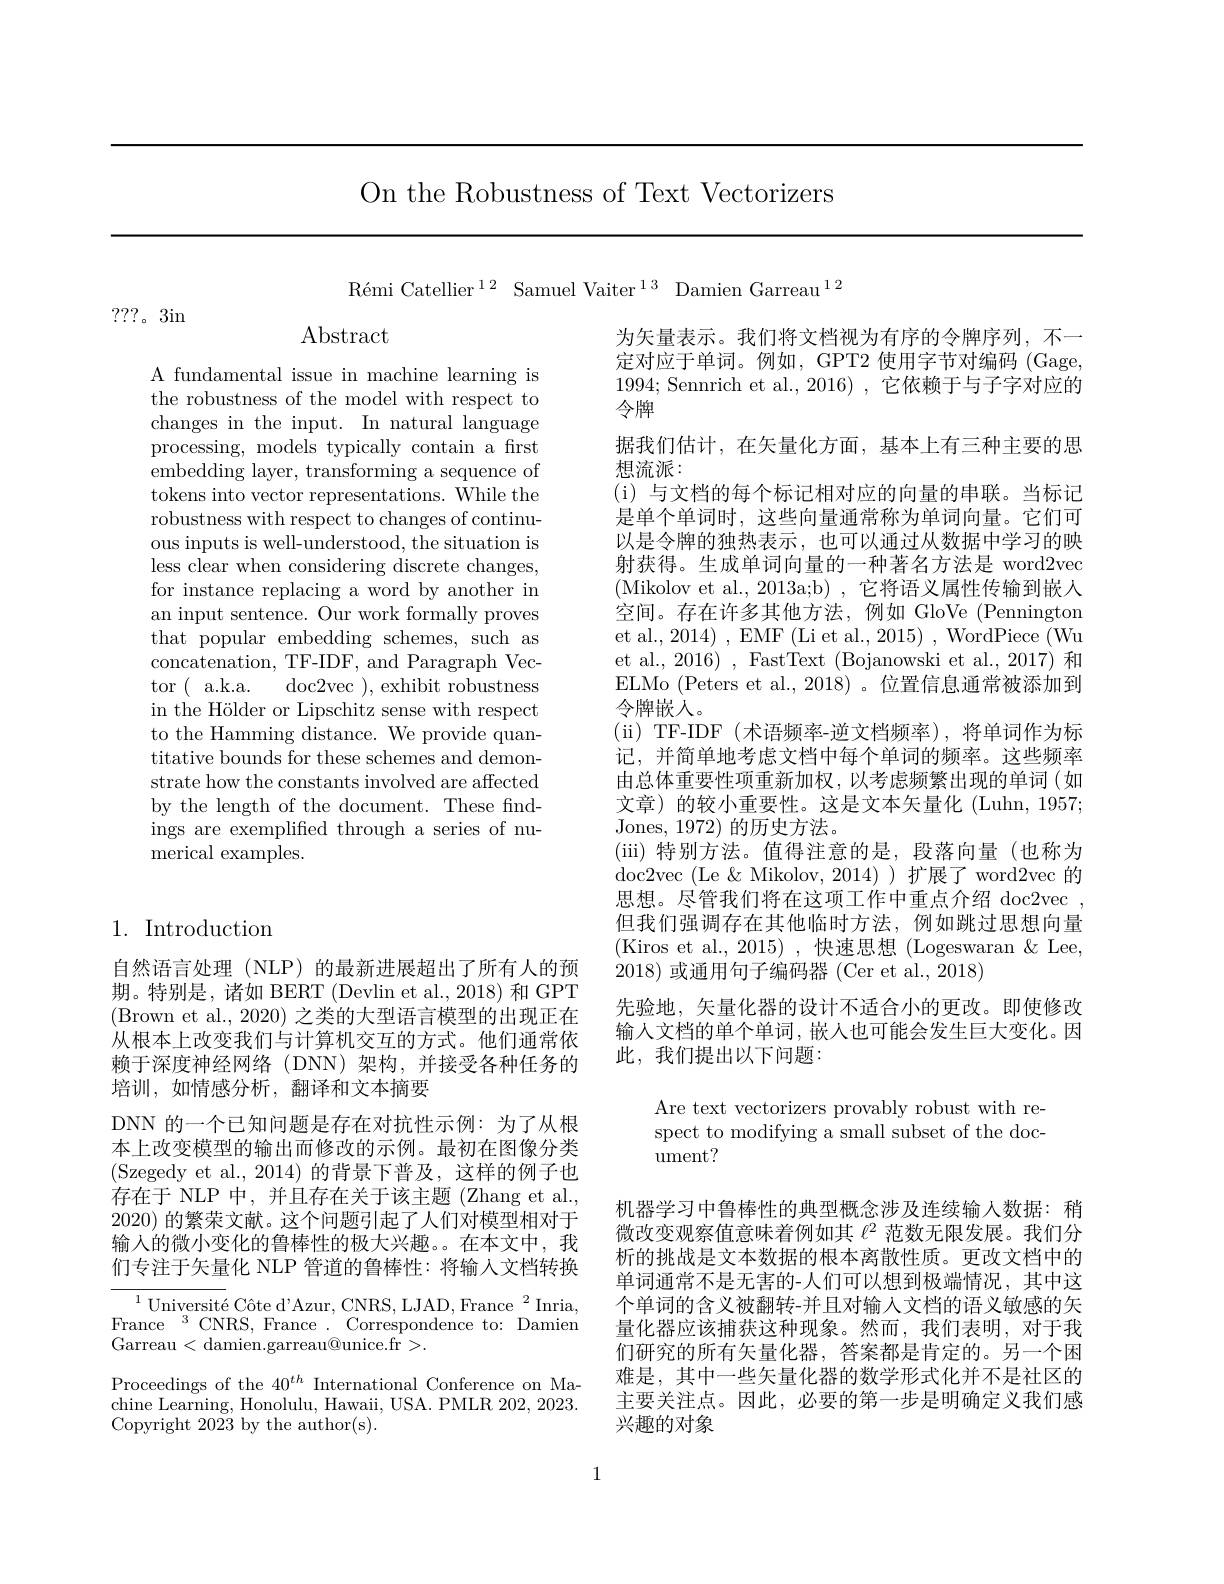
On the Robustness of Text Vectorizers

$\text{R\'{e}miCatellier}^{12}$ Samuel Vaiter$^13$ Damien Garreau$^12$

???。3in

$\operatorname{Abstract}$

A fundamental issue in machine learning is the robustness of the model with respect to changes in the input. In natural language processing, models typically contain a frst embedding layer, transforming a sequence of tokens into vector representations. While the robustness with respect to changes of continuous inputs is well-understood, the situation is less clear when considering discrete changes, for instance replacing a word by another in an input sentence. Our work formally proves that popular embedding schemes, such as concatenation, TF-IDF, and Paragraph Vector (a.k.a. doc2vec ),exhibit robustness in the Hölder or Lipschitz sense with respect to the Hamming distance. We provide quantitative bounds for these schemes and demonstrate how the constants involved are affected by the length of the document. These findings are exemplified through a series of numerical examples.

# 1. Introduction

自然语言处理(NLP)的最新进展超出了所有人的预期。特别是，诸如 BERT (Devlin et al., 2018) 和 GPT (Brown et al., 2020) 之类的大型语言模型的出现正在从根本上改变我们与计算机交互的方式。他们通常依赖于深度神经网络(DNN)架构，并接受各种任务的培训，如情感分析，翻译和文本摘要
DNN 的一个已知问题是存在对抗性示例：为了从根本上改变模型的输出而修改的示例。最初在图像分类(Szegedy et al.,2014)的背景下普及，这样的例子也存在于 NLP 中，并且存在关于该主题 (Zhang et al., 2020)的繁荣文献。这个问题引起了人们对模型相对于输入的微小变化的鲁棒性的极大兴趣。在本文中，我们专注于矢量化 NLP 管道的鲁棒性：将输入文档转换

$^{1}\text{Universit\'{e}C\^{o}ted'Azur,CNRS,LJAD,France}^{2}$Inria, France${}^{3}{\mathrm{CNRS,~France.~Correspondence~to:~Damien}}$ Garreau<damien.garreau@unice.fr>.
Proceedings of the $40^{th}$ International Conference on Machine Learning, Honolulu, Hawaii, USA. PMLR 202, 2023. Copyright 2023 by the author(s).

为矢量表示。我们将文档视为有序的令牌序列，不一定对应于单词。例如，GPT2 使用字节对编码 (Gage, 1994; Sennrich et al., 2016) , 它依赖于与子字对应的令牌
据我们估计，在矢量化方面，基本上有三种主要的思
想流派：
(i) 与文档的每个标记相对应的向量的串联。当标记是单个单词时，这些向量通常称为单词向量。它们可以是令牌的独热表示，也可以通过从数据中学习的映射获得。生成单词向量的一种著名方法是 word2vec (Mikolov et al.,2013a;b) ,它将语义属性传输到嵌人空间。存在许多其他方法，例如 GloVe (Pennington et al., 2014) , EMF (Li et al., 2015) , WordPiece (Wu et al., 2016) , FastText (Bojanowski et al., 2017) 和ELMo (Peters et al., 2018)。位置信息通常被添加到令牌嵌人。
( ii) TF-IDF(术语频率-逆文档频率),将单词作为标记，并简单地考虑文档中每个单词的频率。这些频率由总体重要性项重新加权，以考虑频繁出现的单词(如文章)的较小重要性。这是文本矢量化(Luhn,1957; Jones, 1972) 的历史方法。
(iii)特别方法。值得注意的是，段落向量(也称为doc2vec (Le &Mikolov,2014))扩展了word2vec 的思想。尽管我们将在这项工作中重点介绍 doc2vec , 但我们强调存在其他临时方法，例如跳过思想向量(Kiros et al.,2015),快速思想(Logeswaran$\&$Lee, 2018)或通用句子编码器 (Cer et al., 2018)
先验地，矢量化器的设计不适合小的更改。即使修改输入文档的单个单词，嵌人也可能会发生巨大变化。因此，我们提出以下问题：

Are text vectorizers provably robust with respect to modifying a small subset of the document?

机器学习中鲁棒性的典型概念涉及连续输人数据：稍微改变观察值意味着例如其$\ell^{2}$范数无限发展。我们分析的挑战是文本数据的根本离散性质。更改文档中的单词通常不是无害的-人们可以想到极端情况，其中这个单词的含义被翻转-并且对输人文档的语义敏感的矢量化器应该捕获这种现象。然而，我们表明，对于我们研究的所有矢量化器，答案都是肯定的。另一个困难是，其中一些矢量化器的数学形式化并不是社区的主要关注点。因此，必要的第一步是明确定义我们感兴趣的对象

1